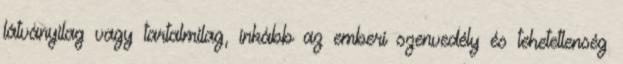
látványilag vagy tartalmilag, inkább az emberi szenvedély és tehetetlenség